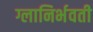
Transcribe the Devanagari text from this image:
ग्लानिर्भवती